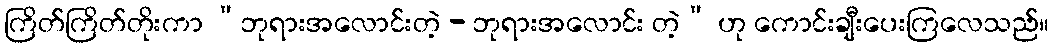
ကြိတ်ကြိတ်တိုးကာ “ဘုရားအလောင်းတဲ့ - ဘုရားအလောင်း တဲ့” ဟု ကောင်းချီးပေးကြလေသည်။